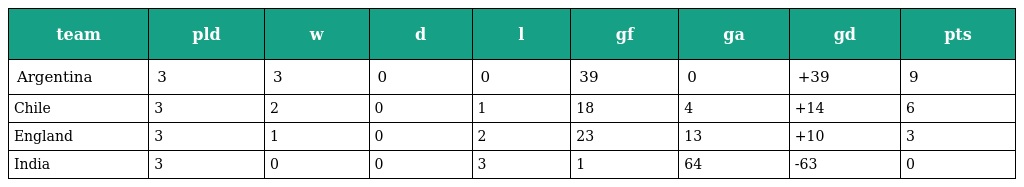
| team | pld | w | d | l | gf | ga | gd | pts |
 | --- | --- | --- | --- | --- | --- | --- | --- | --- |
 | Argentina | 3 | 3 | 0 | 0 | 39 | 0 | +39 | 9 |
 | Chile | 3 | 2 | 0 | 1 | 18 | 4 | +14 | 6 |
 | England | 3 | 1 | 0 | 2 | 23 | 13 | +10 | 3 |
 | India | 3 | 0 | 0 | 3 | 1 | 64 | -63 | 0 |